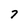
Character: 7